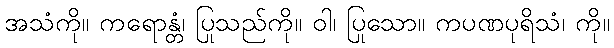
အသံကို။ ကရောန္တံ၊ ပြုသည်ကို။ ဝါ၊ ပြုသော။ ကပဏပုရိသံ၊ ကို။